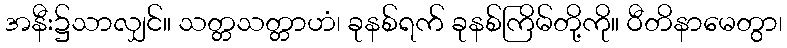
အနီး၌သာလျှင်။ သတ္တသတ္တာဟံ၊ ခုနစ်ရက် ခုနစ်ကြိမ်တို့ကို။ ဝီတိနာမေတွာ၊